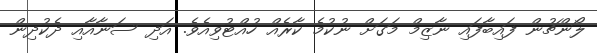
ލޯންޗުން ފައިބާފައި ނާޒިމް މަގަށް ނުކުމެ ކާރެއް ހުއްޓުވިއެވެ. އަދި ސަނާއާއި ދެކުދިން